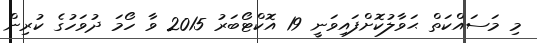
މި މަސައްކަތް ޙަވާލުކޮށްފައިވަނީ 19 އޮކްޓޯބަރު 2015 ވާ ހޯމަ ދުވަހުގެ ކުރިން